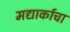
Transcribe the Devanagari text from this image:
मद्यार्काचा